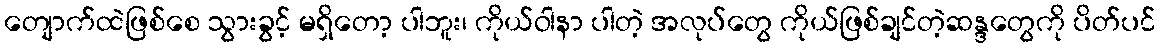
တျောက်ထဲဖြစ်စေ သွားခွင့် မရှိတော့ ပါဘူး၊ ကိုယ်ဝါနာ ပါတဲ့ အလုပ်တွေ ကိုယ်ဖြစ်ချင်တဲ့ဆန္ဒတွေကို ပိတ်ပင်